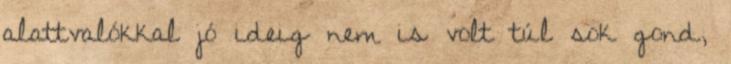
alattvalókkal jó ideig nem is volt túl sok gond,